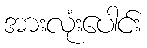
အားလုံးပေါင်း